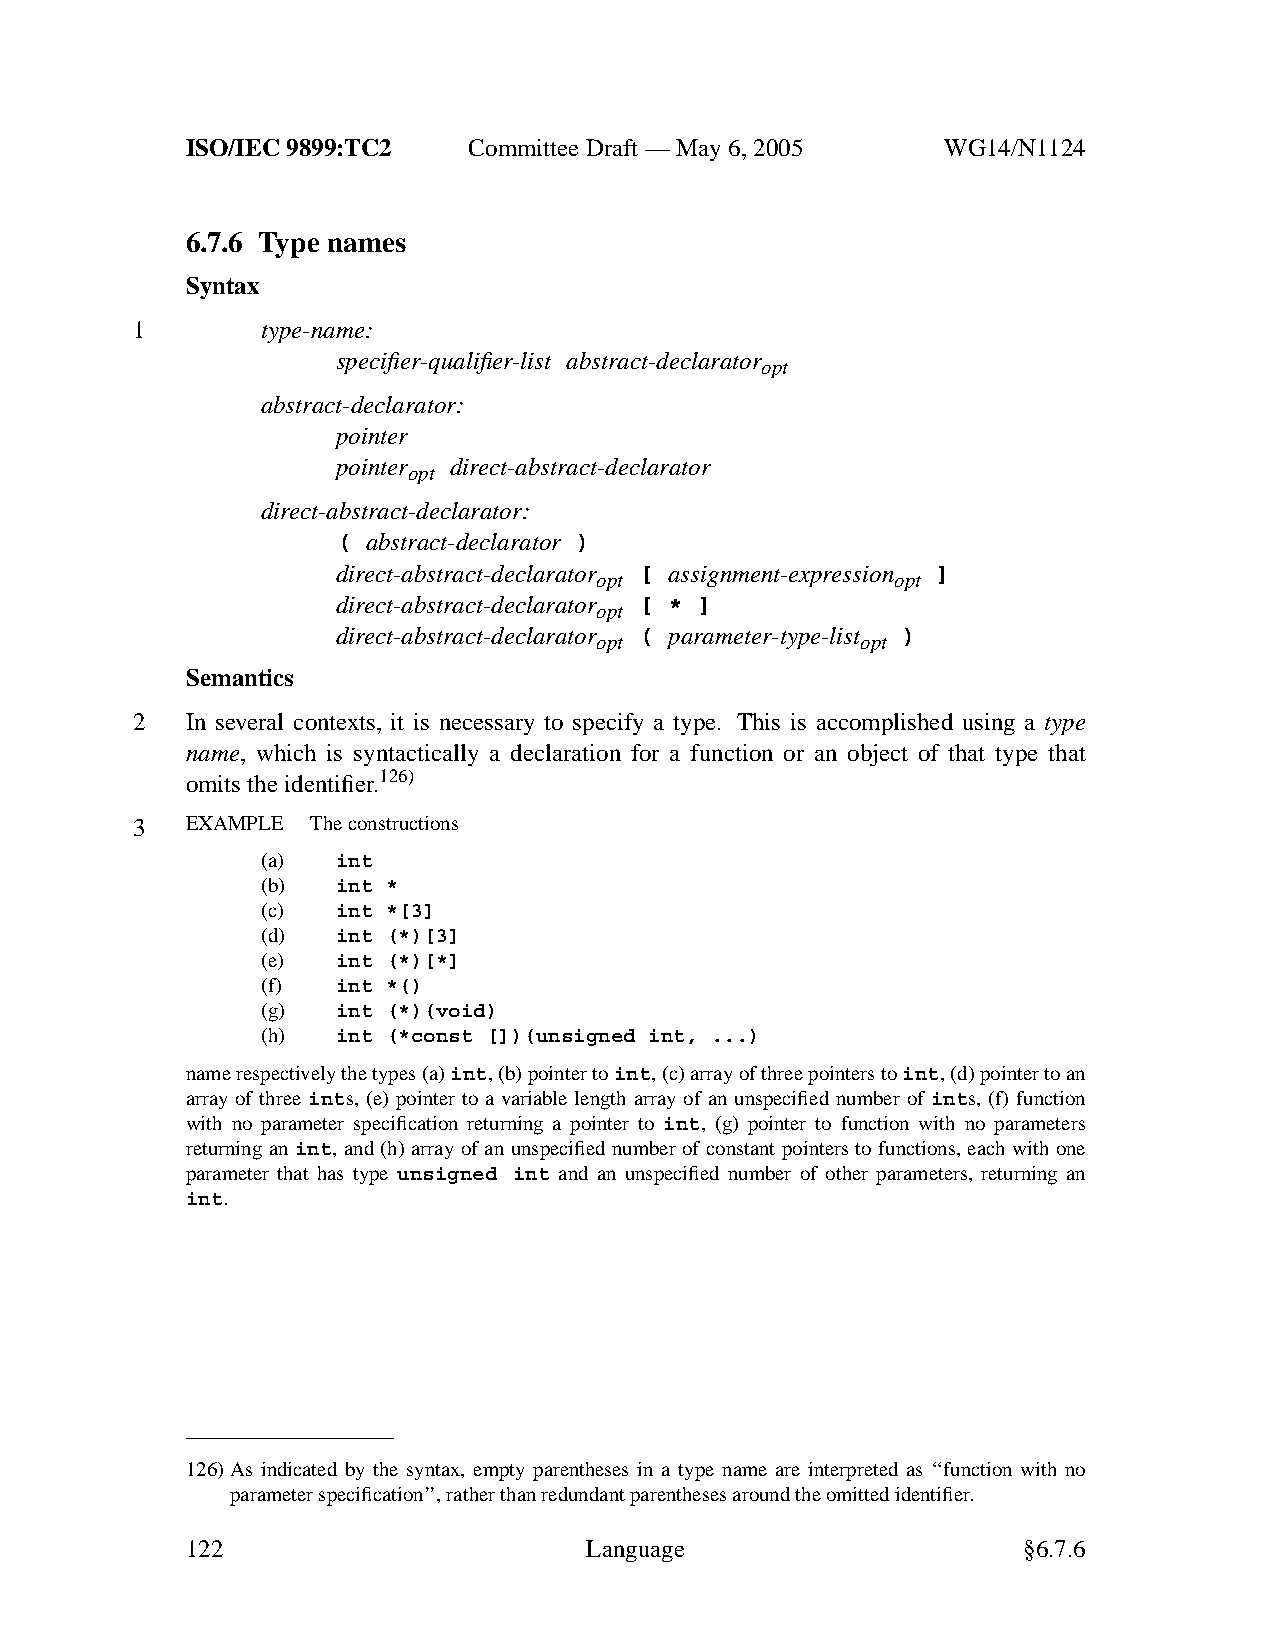
ISO/IEC 9899:TC2   Committee Draft — May 6, 2005   WG14/N1124
 6.7.6 Type names
 Syntax
 1       type-name:
 specifier-qualifier-list abstract-declarator
 opt
 abstract-declarator:
 pointer
 pointer direct-abstract-declarator
 opt
 direct-abstract-declarator:
 ( abstract-declarator )
 direct-abstract-declarator [ assignment-expression ]
 opt                 opt
 direct-abstract-declarator [ * ]
 opt
 direct-abstract-declarator ( parameter-type-list )
 opt               opt
 Semantics
 2  In several contexts, it is necessary to specify a type. This is accomplished using a type
 name, which is syntactically a declaration for a function or an object of that type that
 omits the identifier.126)
 3  EXAMPLE  Theconstructions
 (a)  int
 (b)  int *
 (c)  int *[3]
 (d)  int (*)[3]
 (e)  int (*)[*]
 (f)  int *()
 (g)  int (*)(void)
 (h)  int (*const [])(unsigned int, ...)
 name respectively the types (a)int,(b) pointer toint,(c) array of three pointers toint,(d) pointer to an
 array of three ints, (e) pointer to a variable length array of an unspecified number of ints, (f) function
 with no parameter specification returning a pointer to int, (g) pointer to function with no parameters
 returning an int, and (h) array of an unspecified number of constant pointers to functions, each with one
 parameter that has type unsigned int and an unspecified number of other parameters, returning an
 int.
 126)As indicated by the syntax, empty parentheses in a type name are interpreted as ‘‘function with no
 parameter specification’’, rather than redundant parentheses around the omitted identifier.
 122                        Language                     §6.7.6